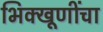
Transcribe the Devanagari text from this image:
भिक्खूणींचा